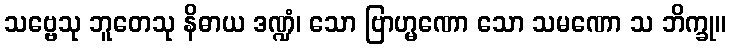
သဗ္ဗေသု ဘူတေသု နိဓာယ ဒဏ္ဍံ၊ သော ဗြာဟ္မဏော သော သမဏော သ ဘိက္ခု။